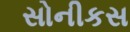
સોનીકસ